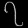
Digit: ၇